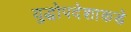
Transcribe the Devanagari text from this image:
युद्धोपदेशाकडे